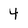
Character: 4